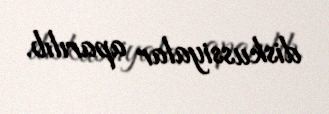
diskussiyalar aparılıb.